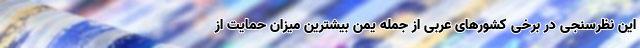
این نظرسنجی در برخی کشورهای عربی از جمله یمن بیشترین میزان حمایت از